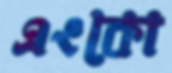
এংকো